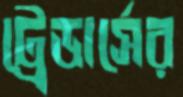
ট্রেডার্সের